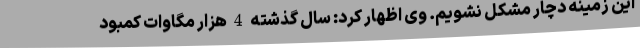
این زمینه دچار مشکل نشویم. وی اظهار کرد: سال گذشته 4 هزار مگاوات کمبود